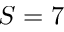
S = 7